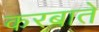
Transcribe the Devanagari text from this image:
करबाते